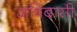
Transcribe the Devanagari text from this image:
अविदासी